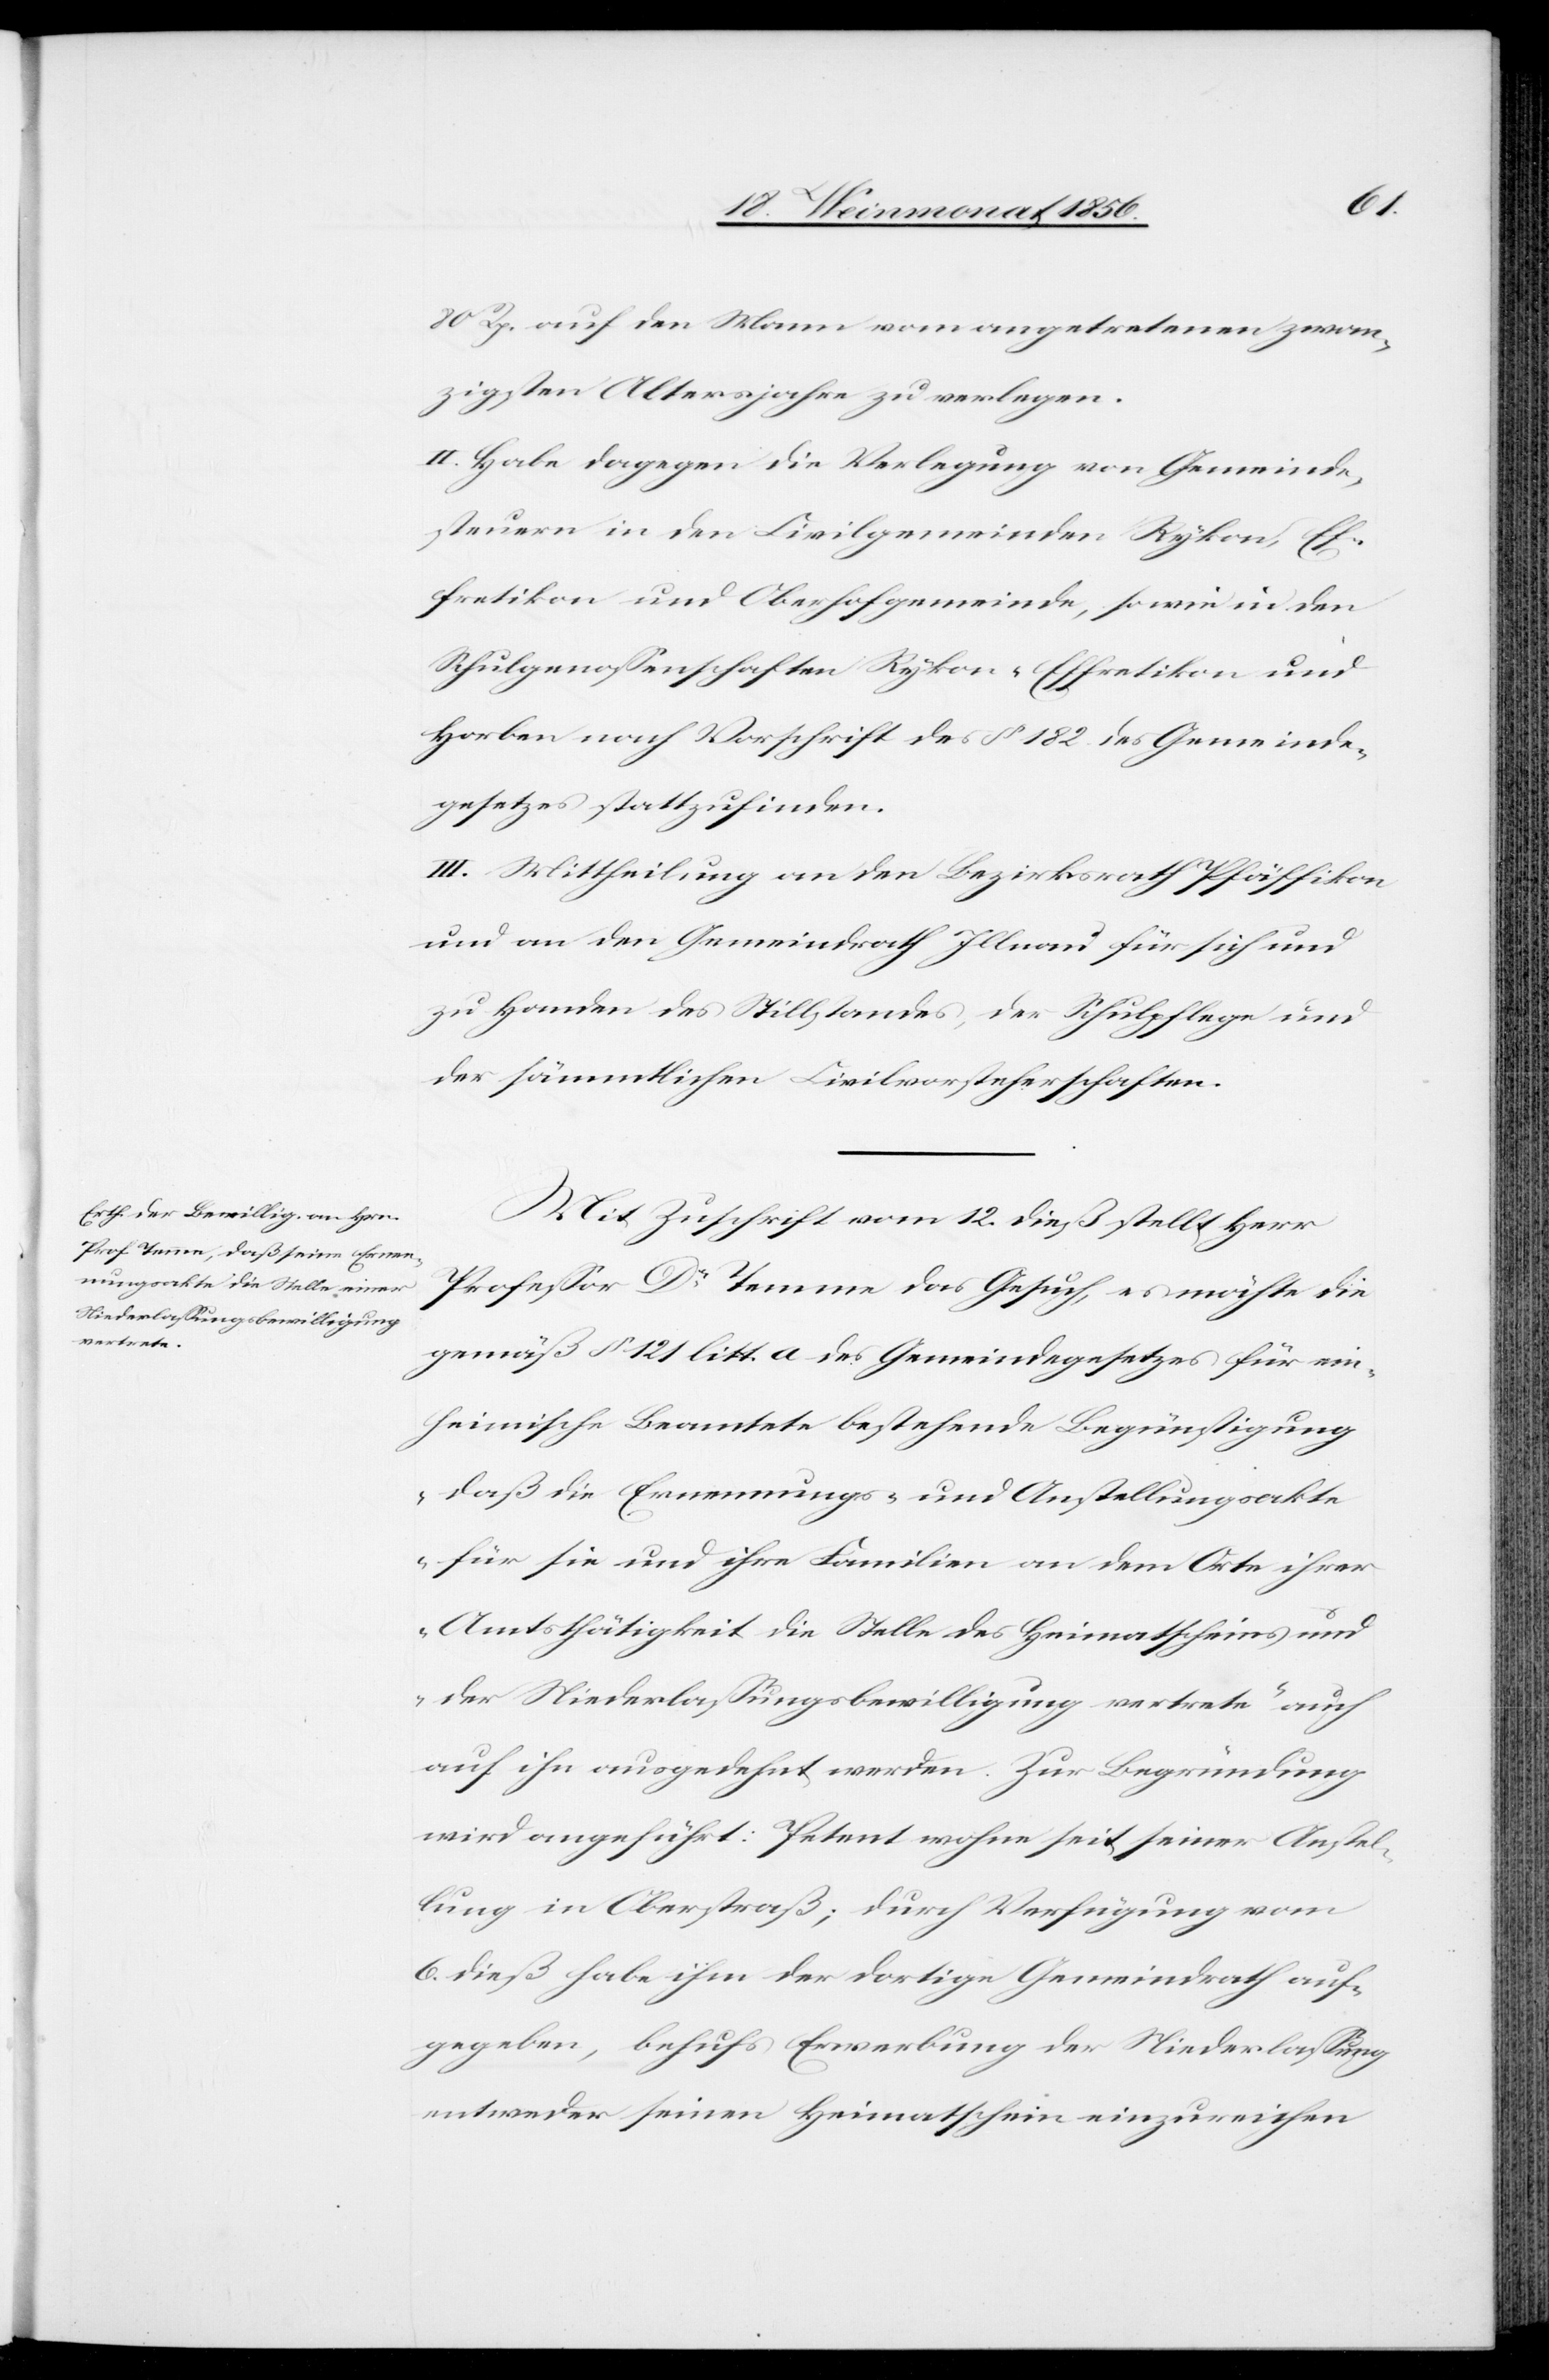
80 Rp. auf den Mann vom angetretenen zwan¬
zigsten Altersjahre zu verlegen.
II. Habe dagegen die Verlegung von Gemeinde¬
steuern in den Civilgemeinden Rykon, Ef¬
fretikon und Oberhofgemeinde, sowie in den
Schulgenossenschaften Rykon-Effretikon und
Horben nach Vorschrift des § 182 des Gemeinde¬
gesetzes stattzufinden.
III. Mittheilung an den Bezirksrath Pfäffikon
und an den Gemeindrath Illnau für sich und
zu Handen des Stillstandes, der Schulpflege und
der sämmtlichen Civilvorsteherschaften.
Mit Zuschrift vom 12. dieß stellt Herr
Professor Dr Temme das Gesuch, es möchte die
gemäß § 121 litt. a des Gemeindegesetzes für ein¬
heimische Beamtete bestehende Begünstigung
„daß die Ernennungs- und Anstellungsakte
für sie und ihre Familien an dem Orte ihrer
Amtsthätigkeit die Stelle des Heimatscheins und
der Niederlassungsbewilligung vertrete” auch
auf ihn ausgedehnt werden. Zur Begründung
wird angeführt: Petent wohne seit seiner Anstel¬
lung in Oberstraß; durch Verfügung vom
6. dieß habe ihm der dortige Gemeindrath auf¬
gegeben, behufs Erwerbung der Niederlassung
entweder seinen Heimatschein einzureichen